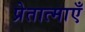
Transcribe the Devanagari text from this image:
प्रेतात्माएँ